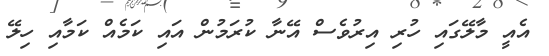
އެއީ މާލޭގައި ހުރި އިރުވެސް އޭނާ ކުރަމުން އައި ކަމެއް ކަމާއި ހިލޭ